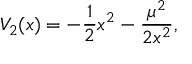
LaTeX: V _ { 2 } ( x ) = - { \frac { 1 } { 2 } } x ^ { 2 } - { \frac { \mu ^ { 2 } } { 2 x ^ { 2 } } } ,